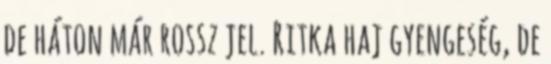
de háton már rossz jel. Ritka haj gyengeség, de